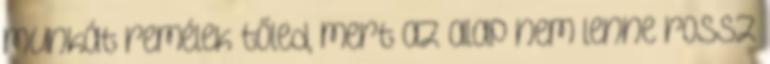
munkát remélek tőled, mert az alap nem lenne rossz